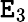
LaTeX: \mathtt{E}_{3}